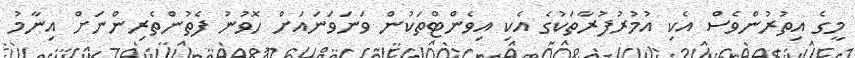
މީގެ އިތުރުންވެސް އެކި އުމުރުފުރާތަކުގެ އެކި އިވެންޓްތަކުން ވަނަވަނައަށް ހޮވުނު ފެތުންތެރިންނަށް އިނާމު